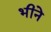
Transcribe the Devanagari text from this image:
भीने